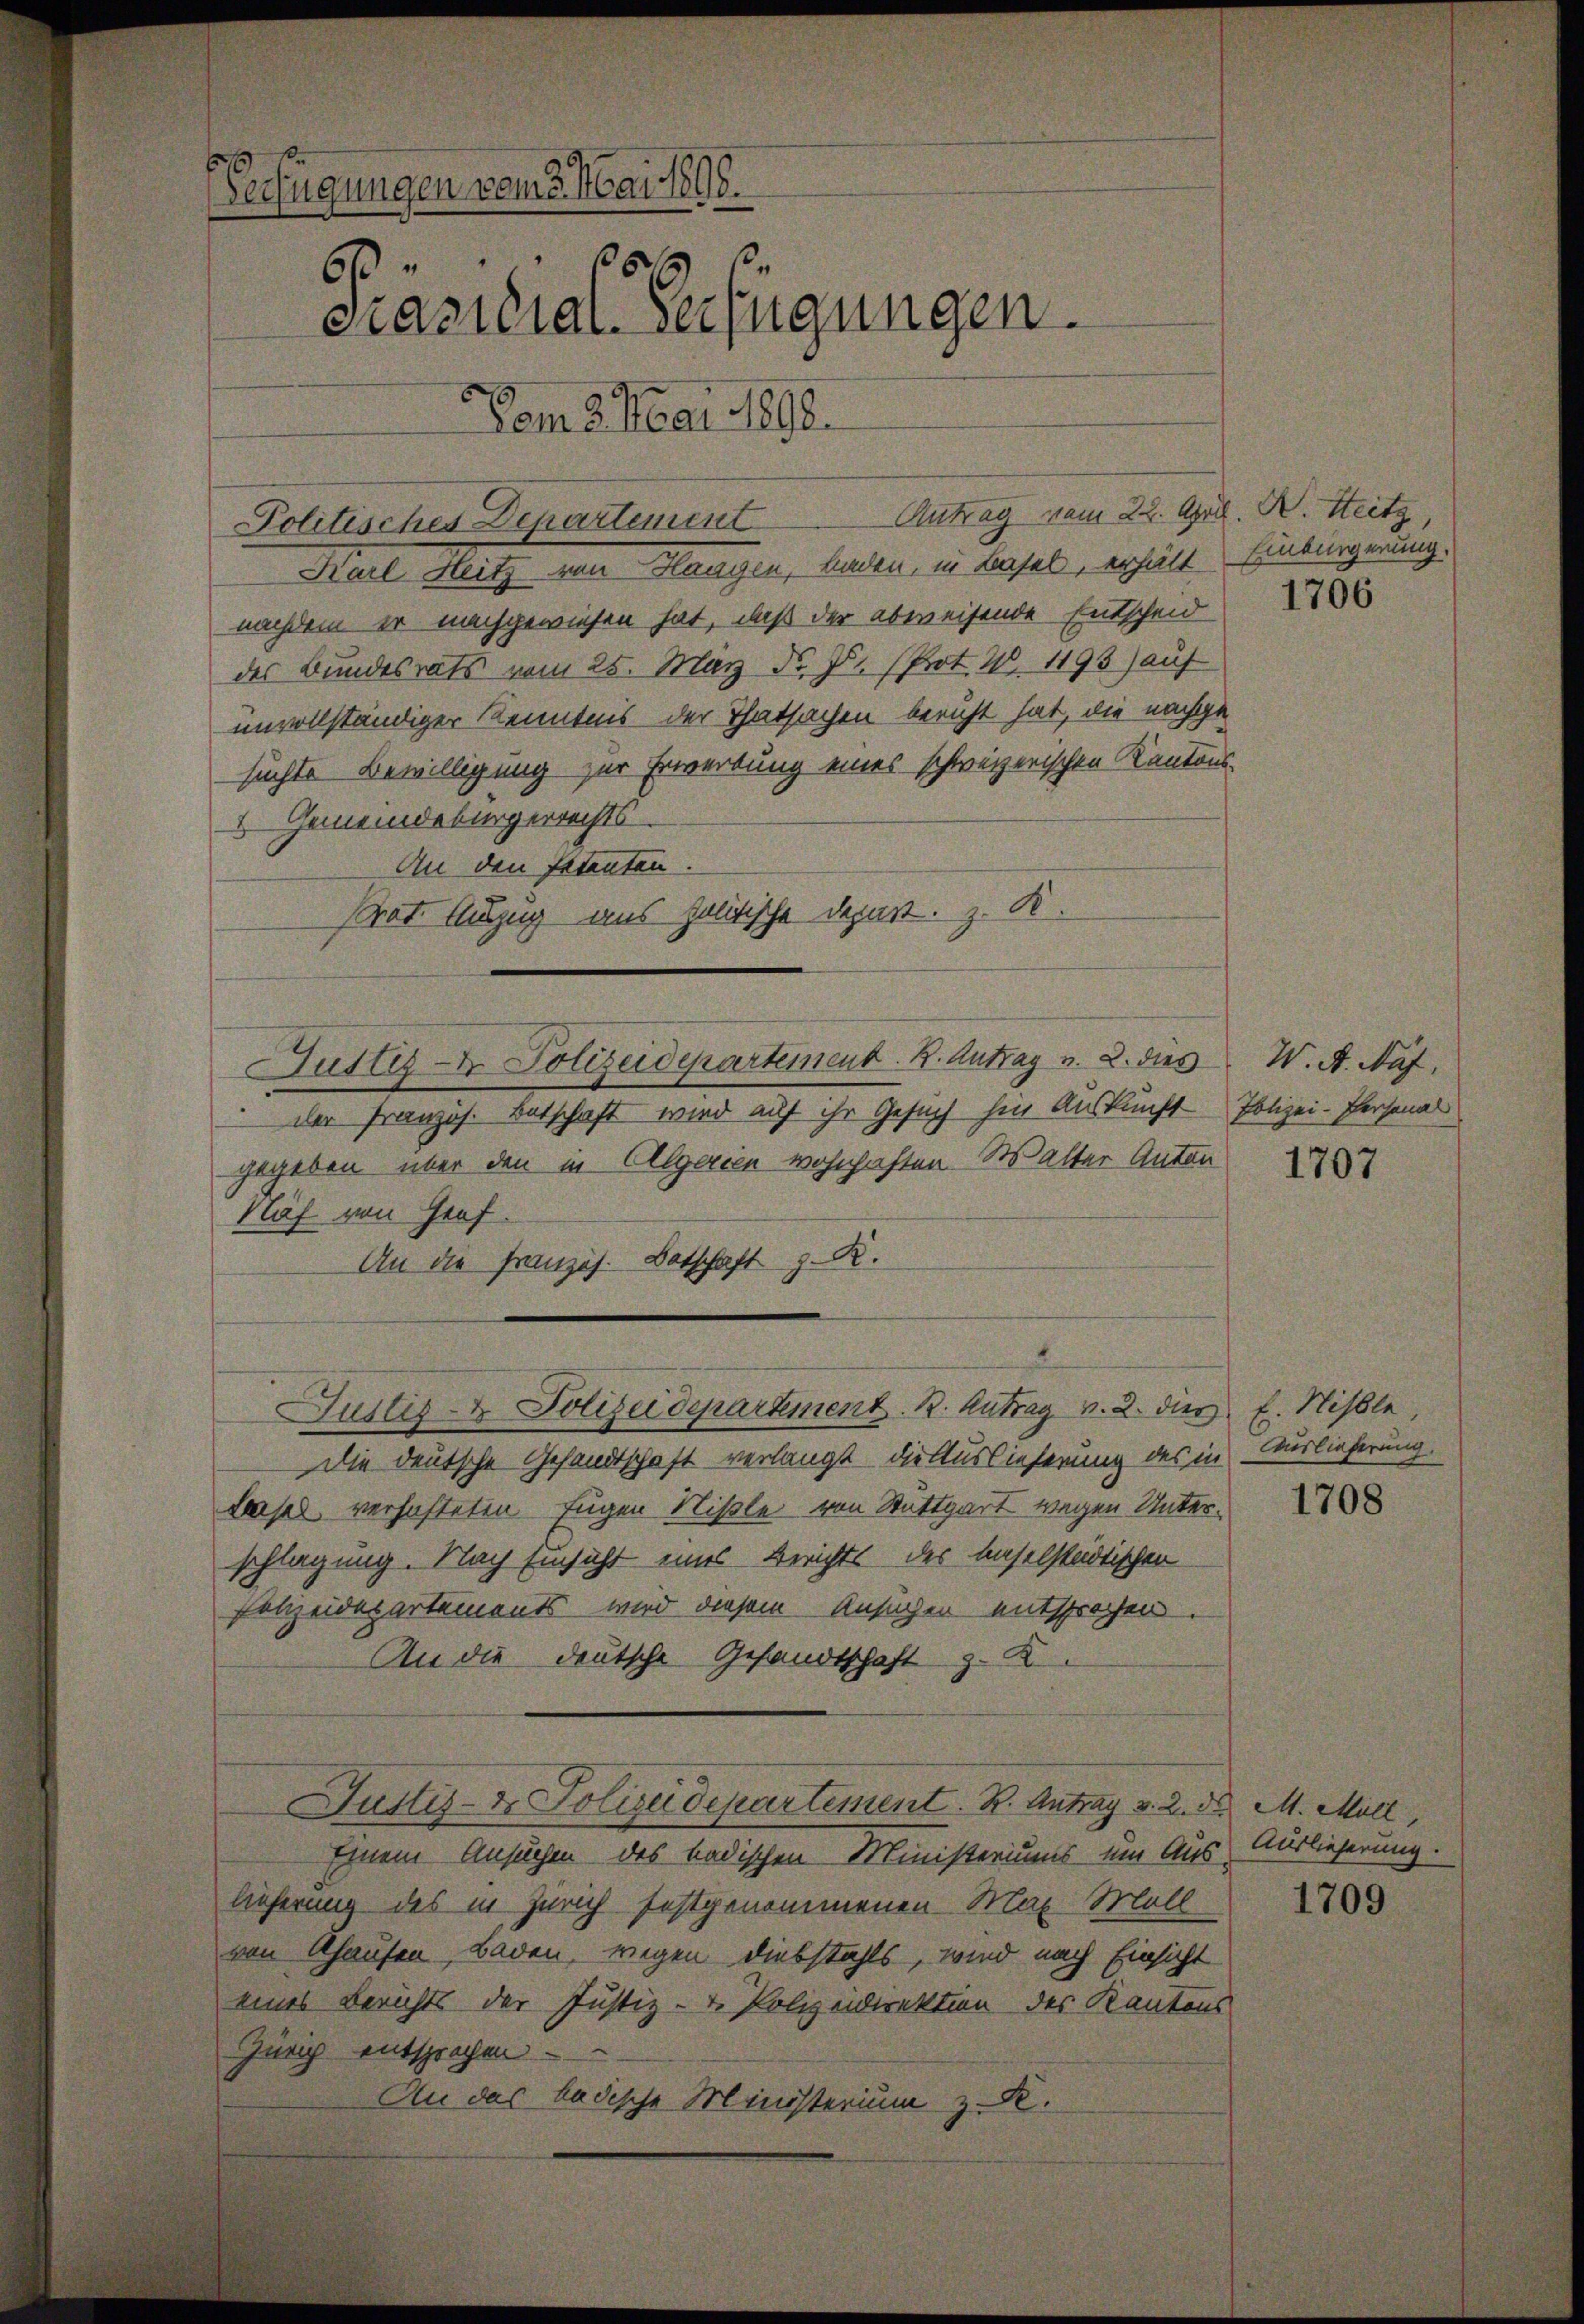
Verfügungen vom 3. Mai 1898.
60xx
Präsidial-Verfügungen.
Vom 5. Mai 1890.

Politisches Departement
Karl Heitz von Haagen, Laden, in Basel, erhält
nachdem er nachgewiesen hat, daß der abweisende Entscheid
des Bundesrats vom 25. März d. Js. (Prot. W. 1193) auf
unvollständiger Kenntnis der Thatsachen beruht hat, die nachge
suchte Bewilligung zur Erwerbung eines schweizerischen Kantons-
 Gemeindebürgerrechts-
An den Petenten
Prot. Auszug aus politische Depart. z. K.
 der Franzos. Botschaft wird auf ihr Gesuch hin Auskunft Polizei-Personal
gegeben über den in Algerien wohnhaften. Walter Anton
Näf von Graf.
An die Französ. Botschaft z. R.
Justiz- & Polizeidepartement. K. Antrag v. 2. dies E. Missle
Die deutsche Gesandtschaft verlangt, die Auslieferung des in
Lasel verhafteten Fugen Nißle von Stattgart wegen Unterschlagung. Nach Einsicht eines Berichts des baselstädtischen
Polizeidepartements wird diesem Ansuchen entsprochen.
An die deutsche Gesandtschaft z. K
Justiz- & Polizeidepartement. B. Antrag v. 2. d. M. Möll
Einem Ansuchen des badischen Ministeriums um Aus Auslieferung.
lieferung des in Zürich festgenommenen Max Moll
von Ahausen, Baden, wegen Diebstahls, wird nach Einsicht
eines Berichts der Justiz- & Polizeidirektion des Kantons
Zürich entsprochen
An das badische Ministerium z. R.

Antrag vom 22. April. N. Steitz

Justiz- & Polizeidepartement. B. Antrag v. 2. dies W. A. Näf,

Einbürgerung.

1706

1707

Aauslieferung.

1708

1709